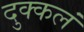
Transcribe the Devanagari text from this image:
दुक्कलं